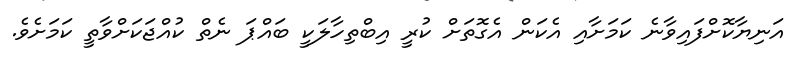
އަނިޔާކޮށްފައިވާނެ ކަމަށާއި އެކަން އެގޮތަށް ކުރީ އިބްތިހާލަކީ ބައްޕަ ނެތް ކުއްޖަކަށްވާތީ ކަމަށެވެ.